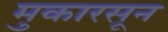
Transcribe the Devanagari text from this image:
मुकारसून